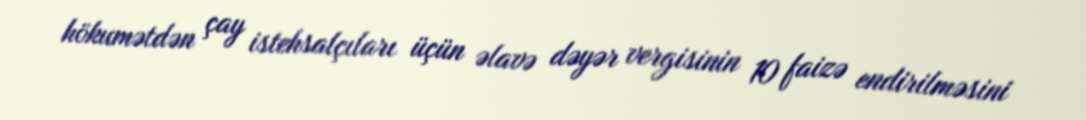
hökumətdən çay istehsalçıları üçün əlavə dəyər vergisinin 10 faizə endirilməsini